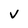
Character: v